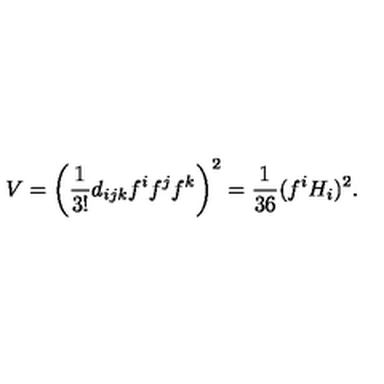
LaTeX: V = \left( { \frac { 1 } { 3 ! } } d _ { i j k } f ^ { i } f ^ { j } f ^ { k } \right) ^ { 2 } = \frac { 1 } { 3 6 } ( f ^ { i } H _ { i } ) ^ { 2 } .